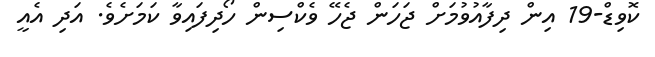
ކޮވިޑް-19 އިން ދިފާއުވުމަށް ޖަހަން ޖެހޭ ވެކްސިން ހޯދިފައިވާ ކަމަށެވެ. އަދި އެއީ